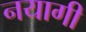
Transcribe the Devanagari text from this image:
नयागी